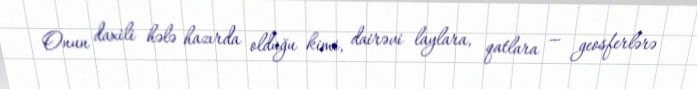
Onun daxili hələ hazırda olduğu kimi, dairəvi laylara, qatlara — geosferlərə